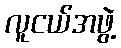
လူငယ်အဖွဲ့